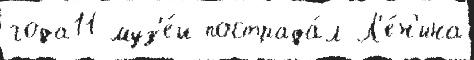
года11 муз'е́и пострада́л Л'е́н'ина